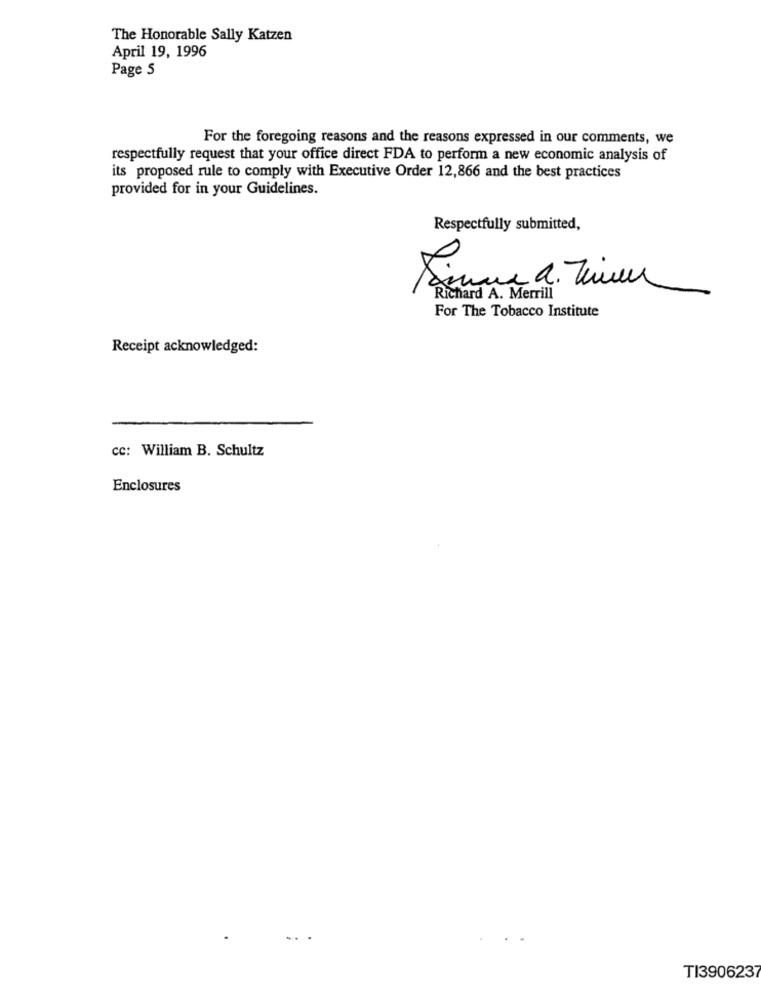
The Honorable Sally Katzen
April 19, 1996
Page 5
For the foregoing reasons and the reasons expressed in our comments, we
respectfully request that your office direct FDA to perform a new economic analysis of
its proposed rule to comply with Executive Order 12,866 and the best practices
provided for in your Guidelines.
Respectfully submitted,
Richard A. Merrill
For The Tobacco Institute
Receipt acknowledged:
cc: William B. Schultz
Enclosures
T13906237